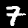
Digit: 7